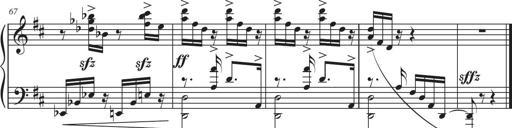
Title: Sonatina in D major
Composer: Shota Saitoh
Key: D major